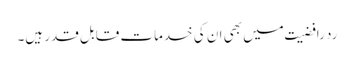
رد رافضیت میں بھی ان کی خدمات قابل قدر ہیں۔